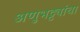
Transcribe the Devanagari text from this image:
अणुभट्ट्यांचा